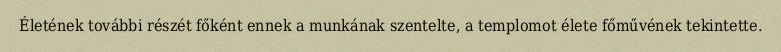
Életének további részét főként ennek a munkának szentelte, a templomot élete főművének tekintette.